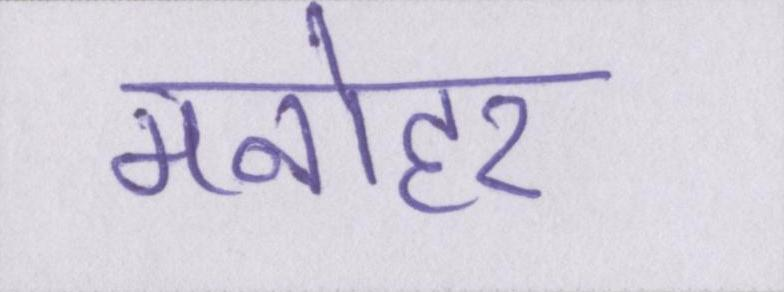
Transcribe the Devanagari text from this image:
मनोहर